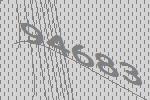
94683